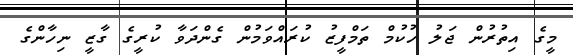
މީގެ އިތުރުން ޖަލު ހުކުމް ތަމްފީޒު ކުރައްވަމުން ގެންދަވާ ކުރީގެ ގާޒީ ނިހާންގެ